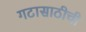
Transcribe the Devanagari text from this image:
गटासाठीची